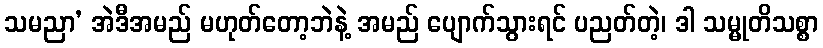
သမညာ’ အဲဒီအမည် မဟုတ်တော့ဘဲနဲ့ အမည် ပျောက်သွားရင် ပညတ်တဲ့၊ ဒါ သမ္မုတိသစ္စာ